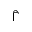
\hat { \Gamma }